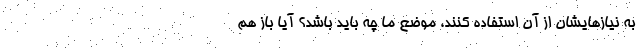
به نیازهایشان از آن استفاده کنند، موضع ما چه باید باشد؟ آیا باز هم